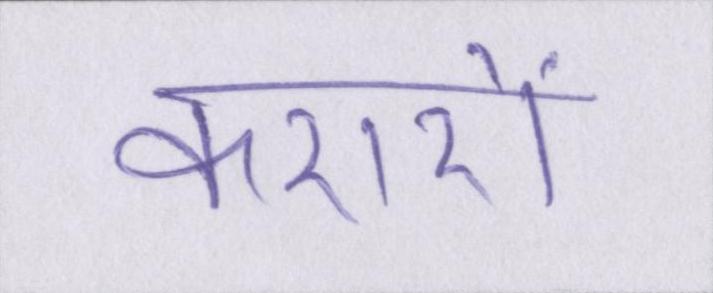
करारों